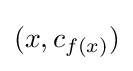
(x,c_{f(x)})